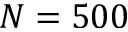
N = 5 0 0